King Institute of Preventive Medicine Micro-Biological Section reports 1909-11
Year: 1909
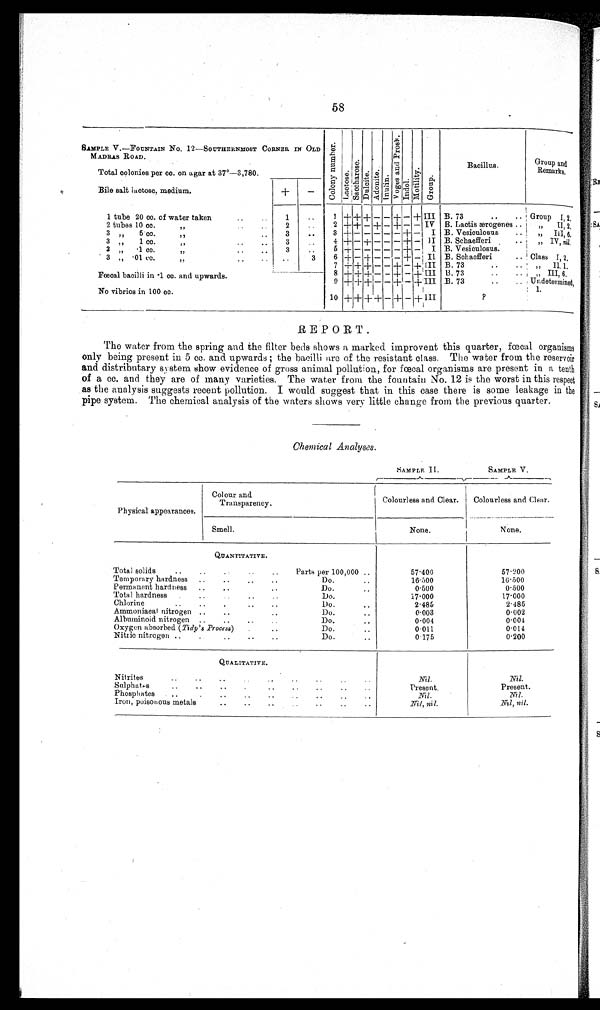
58
SAMPLE V.—FOUNTAIN No. 12—SOUTHERNMOST CORNER IN OLD
M ADRAS ROAD.
Total colonies per cc. on agar at 37°—3,780.
C o l o n y n u m b e r .
L a c t o s e .
S a c c h a r o s e .
D u l c i t e . A d o n i t e . I n u l i n .
V o g e s a n d P r o s k .
Indol.
M o t i l i t y . G r o u p .
Bacillus.
Group and
Remarks.
Bile salt lactose, medium.
-
+
1 tube 20 cc. of water taken
..
. .
1 ..
1 +
++ + - - + - + III B. 73
..
.. Group I,2,
2 tubes 10 cc.
2
2 +
++ - + - + - - IV B. Lactis ærogenes
..
„ II,2,
3
"
5 cc
."
..
..
3
..
3 + - - - - - + - I B. Vesieulosus ..
" III,6.
3
"
1
c c
.
"
. . . .
3
..
4 + - ± - - - + - II B. Schaefferi
.. „ IV, nil.
3.
"
-1 cc. " .. ..
3
..
5 + - - - - + - I B. Vesiculosus.
3
"
-01 cc.
" . .
..
. . 3
6 + - + - - - + - II B. Schaefferi
.. Class 1,2,
Fœcal bacilli in -1 cc. and upwards.
7 +
+++ I
+ - - + - + I I I B. 73
..
..
" II, 1,
8 + + +
- - + - + III B. 73
.. .. „ 111,6.
9 + + +
- - + - - + B. 73
.. .. Undetermined,
1
No vibrios in 100 cc.
10 + + + + - - - + III
?
REPORT.
The water from the spring and the filter beds shows a marked improvent this quarter, fœcal organisms
only being present in 5 cc. and upwards ; the bacilli are of the resistant class. The water from the reservoir
and distributary system show evidence of gross animal pollution, for fœcal organisms are present in a tenth
of a cc. and they are of many varieties. The water from the fountain No. 12 is the worst in this respect
as the analysis suggests recent pollution. I would suggest that in this case there is some leakage in the
pipe system. The chemical analysis of the waters shows very little change from the previous quarter.
Chemical Analyses.
SAMPLE. II.
SAMPLE V .
Physical appearances.
C o l o u r a n d
Transparency.
Colourless and Clear. Colourless and Clear.
Smell.
None.
__. _. ______
None.
QUANTITATIVE.
Total solid
..
.. ..
.. . .
Parts per 100,000 ..
57.400
57.200
Temporary hardness ..
..
.. ..
Do...
16.500
16.500
..
Permanent hardness .. .. .. ..
Do.
..
0.500
0.500
Total hardness
..
..
.. .. ..
D o .
. .
17.000
1 7 . 0 0 0
Chlorine
..
.. .. ..
D o .
. .
2.485
2.485
Ammoniacal nitrogen
..
..
.. ..
Do.
. .
0.003
0.002
Albuminoid nitrogen ..
..
..
..
Do.
..
0 . 0 0 4
0.004
Oxygen absorbed (Tide's Process)
.. ..
D o
. .
0011
0.011
Nitric nitrogen ..
..
..
.. ..
Do.
..
0.175
0.200
QUALITATIVE.
Nitrites..
..
..
..
..
.. ..
.. ..
Nil.
Nil.
Sulphat.s .. .. .. .. .. .. .. ..
P r e s e n t .
Present.
Phosphates ..
..
..
.. .. .. ..
.. ..
Nil.
Nil
Iron, poisonous metals
. .
. .
. .
. .
..
.. . .
Nil, nil.
N i l , n i l .